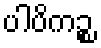
ပါပိကဉ္စ